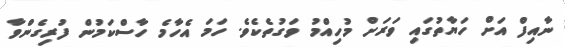
ނާއިފް އަށް ހަޔާތުގައި ވަރަށް މުހިއްމު ވަގުތެކެވެ. ހަމަ އެހާމެ ހާސްކަމުން ފުރިގެންވާ